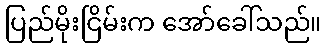
ပြည်မိုးငြိမ်းက အော်ခေါ်သည်။